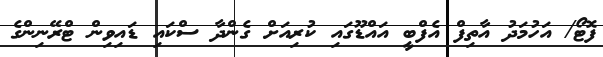
ފޮޓޯ/ އަހުމަދު އާތިފް އެފްބީ އައްޑޫގައި ކުރިއަށް ގެންދާ ސްކައި ޑައިވިން ޓްރޭނިންގެ